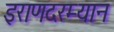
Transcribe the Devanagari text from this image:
इराणदरम्यान